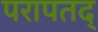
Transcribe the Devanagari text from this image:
परापतद्